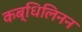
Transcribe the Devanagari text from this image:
कब्धिलिनन